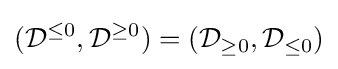
({\mathcal {D}}^{\leq 0},{\mathcal {D}}^{\geq 0})=({\mathcal {D}}_{\geq 0},{\mathcal {D}}_{\leq 0})